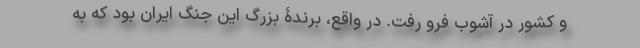
و کشور در آشوب فرو رفت. در واقع، برندۀ بزرگ این جنگ ایران بود که به